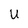
Character: U